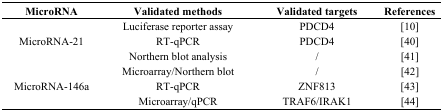
| MicroRNA | Validated methods | Validated targets | References |
 | --- | --- | --- | --- |
 | <ROWSPAN=3> MicroRNA-21 | Luciferase reporter assay | PDCD4 | [10] |
 | RT-qPCR | PDCD4 | [40] |
 | Northern blot analysis | / | [41] |
 | <ROWSPAN=3> MicroRNA-146a | Microarray/Northern blot | / | [42] |
 | RT-qPCR | ZNF813 | [43] |
 | Microarray/qPCR | TRAF6/IRAK1 | [44] |